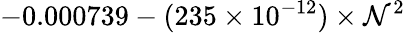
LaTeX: -0.000739-(235\times10^{-12})\times\mathcal{N}^{2}